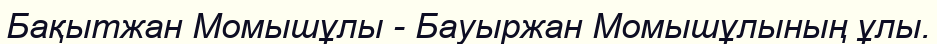
Бақытжан Момышұлы - Бауыржан Момышұлының ұлы.